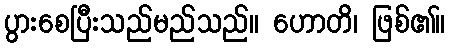
ပွားစေပြီးသည်မည်သည်။ ဟောတိ၊ ဖြစ်၏။